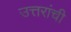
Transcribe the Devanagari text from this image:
उत्तरांची